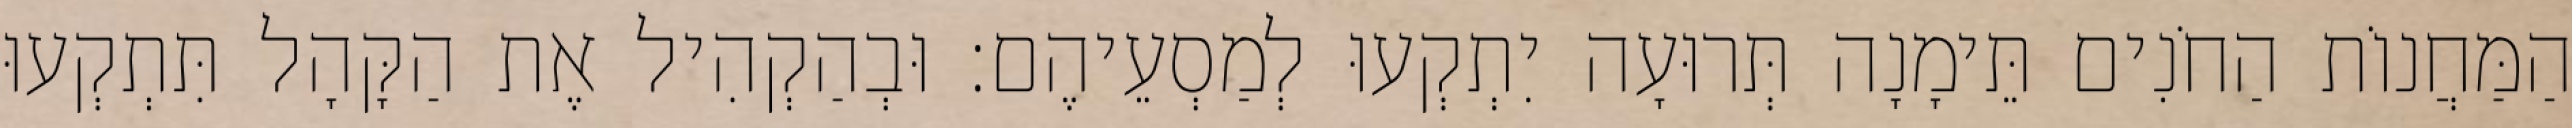
הַמַּחֲנוֹת הַחֹנִים תֵּימָנָה תְּרוּעָה יִתְקְעוּ לְמַסְעֵיהֶם׃ וּבְהַקְהִיל אֶת הַקָּהָל תִּתְקְעוּ